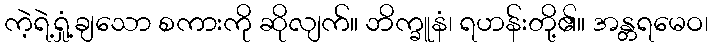
ကဲ့ရဲ့ရှုံ့ချသော စကားကို ဆိုလျက်။ ဘိက္ခူနံ၊ ရဟန်းတို့၏။ အန္တရမေဝ၊